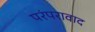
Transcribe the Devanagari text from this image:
परंपरावाद